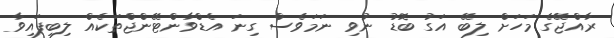
ރާއްޖޭގެ މަހަށް ލިބޭ އަގު ބޮޑު ނުވި ނަމަވެސް ގިނަ އެޑްވާންޓޭންޖްތަކެއް ލިބިފައިވާ